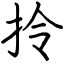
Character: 拎